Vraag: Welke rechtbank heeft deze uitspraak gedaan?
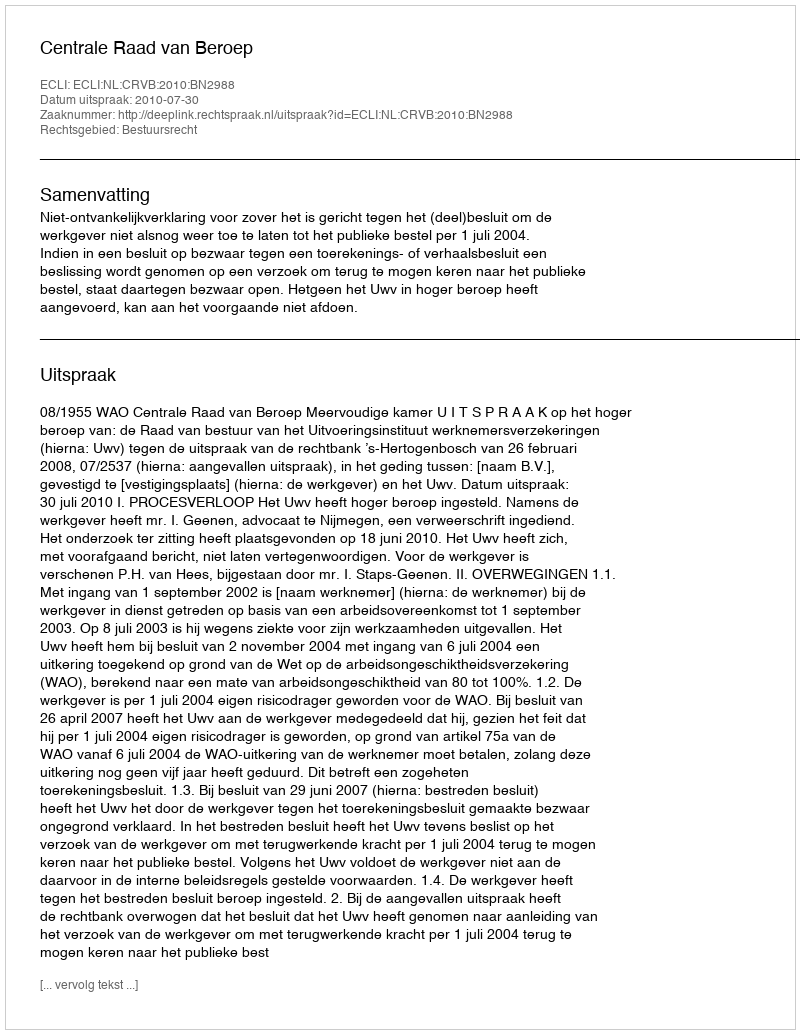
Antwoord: Centrale Raad van Beroep